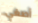
أصغي